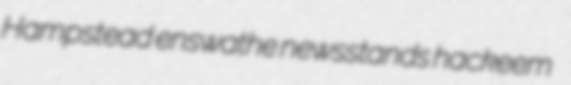
Hampstead enswathe newsstands hackeem